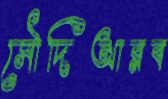
সৌদিআরব